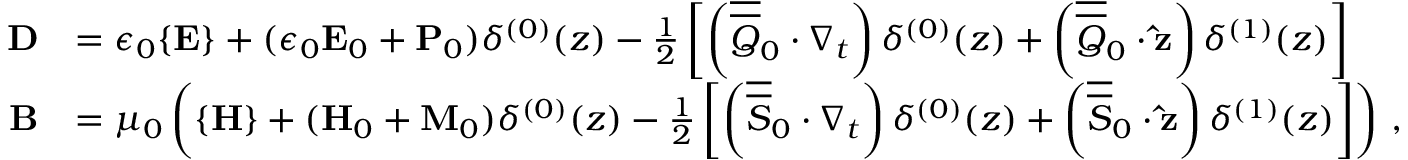
\begin{array} { r l } { \mathbf { D } } & { = \epsilon _ { 0 } \{ \mathbf { E } \} + ( \epsilon _ { 0 } \mathbf { E } _ { 0 } + \mathbf { P } _ { 0 } ) \delta ^ { ( 0 ) } ( z ) - \frac { 1 } { 2 } \left[ \left( \overline { { \overline { { Q } } } } _ { 0 } \cdot \nabla _ { t } \right) \delta ^ { ( 0 ) } ( z ) + \left( \overline { { \overline { { Q } } } } _ { 0 } \cdot \mathbf { \hat { z } } \right) \delta ^ { ( 1 ) } ( z ) \right] } \\ { \mathbf { B } } & { = \mu _ { 0 } \left( \{ \mathbf { H } \} + ( \mathbf { H } _ { 0 } + \mathbf { M } _ { 0 } ) \delta ^ { ( 0 ) } ( z ) - \frac { 1 } { 2 } \left[ \left( \overline { { \overline { { S } } } } _ { 0 } \cdot \nabla _ { t } \right) \delta ^ { ( 0 ) } ( z ) + \left( \overline { { \overline { { S } } } } _ { 0 } \cdot \mathbf { \hat { z } } \right) \delta ^ { ( 1 ) } ( z ) \right] \right) \, , } \end{array}